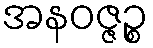
အနဝဇ္ဇဉ္စ